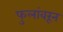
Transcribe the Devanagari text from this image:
फुलांवरून